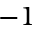
{ - } 1